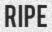
RIPE